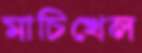
মাচিখেল